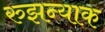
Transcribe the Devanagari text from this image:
रुझन्याक